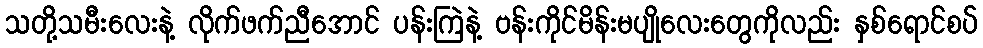
သတို့သမီးလေးနဲ့ လိုက်ဖက်ညီအောင် ပန်းကြဲနဲ့ ဗန်းကိုင်မိန်းမပျိုလေးတွေကိုလည်း နှစ်ရောင်စပ်